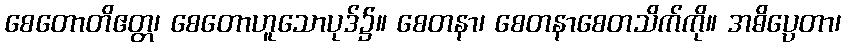
စေတောတိဧတ္တ၊ စေတောဟူသောပုဒ်၌။ စေတနာ၊ စေတနာစေတသိက်ကို။ အဓိပ္ပေတာ၊